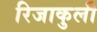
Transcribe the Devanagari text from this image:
रिजाकुली